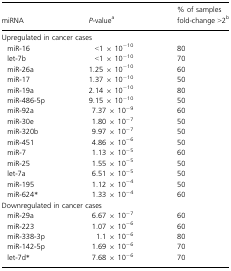
| miRNA | P-valuea | % of samples fold-change >2b |
 | --- | --- | --- |
 | <COLSPAN=3> Upregulated in cancer cases |
 | miR-16 | <1 × 10−10 | 80 |
 | let-7b | <1 × 10−10 | 70 |
 | miR-26a | 1.25 × 10−10 | 60 |
 | miR-17 | 1.37 × 10−10 | 50 |
 | miR-19a | 2.14 × 10−10 | 80 |
 | miR-486-5p | 9.15 × 10−10 | 50 |
 | miR-92a | 7.37 × 10−9 | 60 |
 | miR-30e | 1.80 × 10−7 | 50 |
 | miR-320b | 9.97 × 10−7 | 50 |
 | miR-451 | 4.86 × 10−6 | 50 |
 | miR-7 | 1.13 × 10−5 | 60 |
 | miR-25 | 1.55 × 10−5 | 50 |
 | let-7a | 6.51 × 10−5 | 50 |
 | miR-195 | 1.12 × 10−4 | 50 |
 | miR-624* | 1.33 × 10−4 | 60 |
 | <COLSPAN=3> Downregulated in cancer cases |
 | miR-29a | 6.67 × 10−7 | 60 |
 | miR-223 | 1.07 × 10−6 | 60 |
 | miR-338-3p | 1.1 × 10−6 | 80 |
 | miR-142-5p | 1.69 × 10−6 | 70 |
 | let-7d* | 7.68 × 10−6 | 70 |